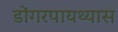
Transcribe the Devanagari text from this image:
डोंगरपायथ्यास